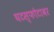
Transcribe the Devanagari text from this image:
घटस्फोटावर